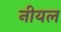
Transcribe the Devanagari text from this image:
नीयल